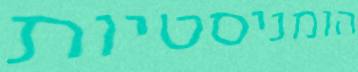
הומניסטיות